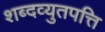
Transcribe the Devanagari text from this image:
शब्दव्युतपत्ति